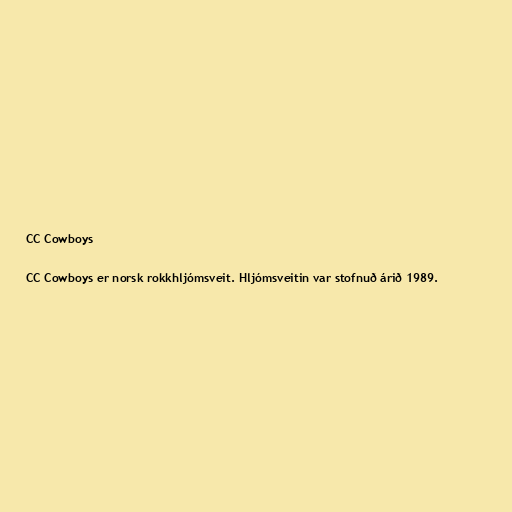
CC Cowboys

CC Cowboys er norsk rokkhljómsveit. Hljómsveitin var stofnuð árið 1989.